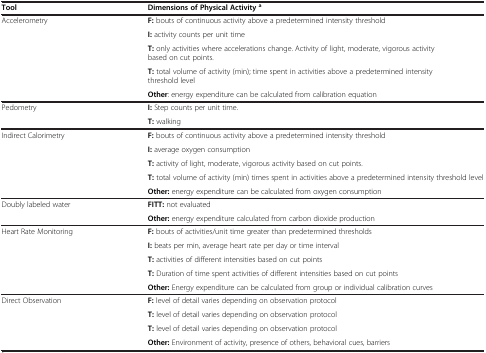
| Tool | Dimensions of Physical Activitya |
 | --- | --- |
 | <ROWSPAN=4> Accelerometry | F: bouts of continuous activity above a predetermined intensity threshold |
 | I: activity counts per unit time |
 | T: only activities where accelerations change. Activity of light, moderate, vigorous activity based on cut points. |
 | T: total volume of activity (min); time spent in activities above a predetermined intensity threshold level |
 |  | Other: energy expenditure can be calculated from calibration equation |
 | Pedometry | I: Step counts per unit time. |
 |  | T: walking |
 | <ROWSPAN=4> Indirect Calorimetry | F: bouts of continuous activity above a predetermined intensity threshold |
 | I: average oxygen consumption |
 | T: activity of light, moderate, vigorous activity based on cut points. |
 | T: total volume of activity (min) times spent in activities above a predetermined intensity threshold level |
 |  | Other: energy expenditure can be calculated from oxygen consumption |
 | Doubly labeled water | FITT: not evaluated |
 |  | Other: energy expenditure calculated from carbon dioxide production |
 | <ROWSPAN=4> Heart Rate Monitoring | F: bouts of activities/unit time greater than predetermined thresholds |
 | I: beats per min, average heart rate per day or time interval |
 | T: activities of different intensities based on cut points |
 | T: Duration of time spent activities of different intensities based on cut points |
 |  | Other: Energy expenditure can be calculated from group or individual calibration curves |
 | <ROWSPAN=3> Direct Observation | F: level of detail varies depending on observation protocol |
 | T: level of detail varies depending on observation protocol |
 | T: level of detail varies depending on observation protocol |
 |  | Other: Environment of activity, presence of others, behavioral cues, barriers |